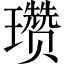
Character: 瓒